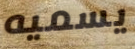
يسميه